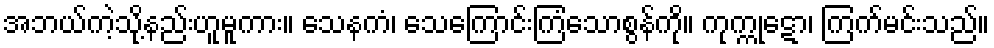
အဘယ်ကဲ့သို့နည်းဟူမူကား။ သေနကံ၊ သေကြောင်းကြံသောစွန်ကို။ ကုက္ကုဋော၊ ကြက်မင်းသည်။